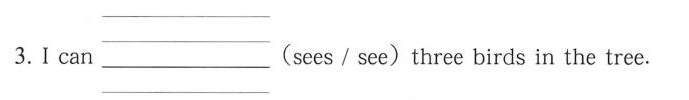
3.Ican___（sees/see）three birds in the tree.